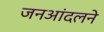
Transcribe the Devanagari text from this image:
जनआंदलने